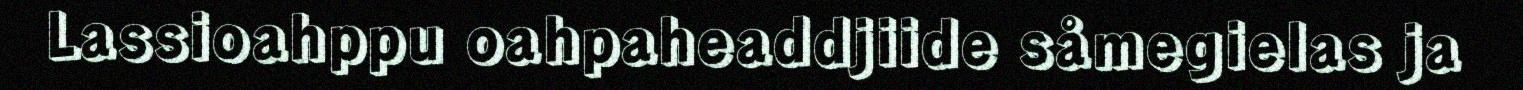
Lassioahppu oahpaheaddjiide såmegielas ja